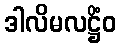
ဒါလိမလဋ္ဌိံဝ